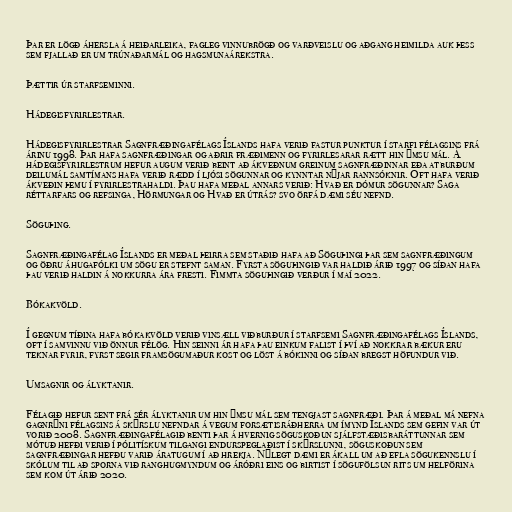
Þar er lögð áhersla á heiðarleika, fagleg vinnubrögð og varðveislu og aðgang heimilda auk þess
sem fjallað er um trúnaðarmál og hagsmunaárekstra.

Þættir úr starfseminni.

Hádegisfyrirlestrar.

Hádegisfyrirlestrar Sagnfræðingafélags Íslands hafa verið fastur punktur í starfi félagsins frá
árinu 1998. Þar hafa sagnfræðingar og aðrir fræðimenn og fyrirlesarar rætt hin ýmsu mál. Á
hádegisfyrirlestrum hefur augum verið beint að ákveðnum greinum sagnfræðinnar eða atburðum
deilumál samtímans hafa verið rædd í ljósi sögunnar og kynntar nýjar rannsóknir. Oft hafa verið
ákveðin þemu í fyrirlestrahaldi. Þau hafa meðal annars verið: Hvað er dómur sögunnar? Saga
réttarfars og refsinga, Hörmungar og Hvað er útrás? svo örfá dæmi séu nefnd.

Söguþing.

Sagnfræðingafélag Íslands er meðal þeirra sem staðið hafa að Söguþingi þar sem sagnfræðingum
og öðru áhugafólki um sögu er stefnt saman. Fyrsta söguþingið var haldið árið 1997 og síðan hafa
þau verið haldin á nokkurra ára fresti. Fimmta söguþingið verður í maí 2022.

Bókakvöld.

Í gegnum tíðina hafa bókakvöld verið vinsæll viðburður í starfsemi Sagnfræðingafélags Íslands,
oft í samvinnu við önnur félög. Hin seinni ár hafa þau einkum falist í því að nokkrar bækur eru
teknar fyrir, fyrst segir framsögumaður kost og löst á bókinni og síðan bregst höfundur við.

Umsagnir og ályktanir.

Félagið hefur sent frá sér ályktanir um hin ýmsu mál sem tengjast sagnfræði. Þar á meðal má nefna
gagnrýni félagsins á skýrslu nefndar á vegum forsætisráðherra um ímynd Íslands sem gefin var út
vorið 2008. Sagnfræðingafélagið benti þar á hvernig söguskoðun sjálfstæðisbaráttunnar sem
mótuð hefði verið í pólitískum tilgangi endurspeglaðist í skýrslunni, söguskoðun sem
sagnfræðingar hefðu varið áratugum í að hrekja. Nýlegt dæmi er ákall um að efla sögukennslu í
skólum til að sporna við ranghugmyndum og áróðri eins og birtist í sögufölsun rits um helförina
sem kom út árið 2020.